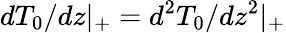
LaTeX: dT_{0}/dz|_{+}=d^{2}T_{0}/dz^{2}|_{+}